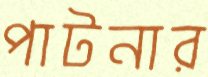
পাটনার